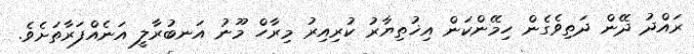
ރައްދު ދޭން ދަތިވެގެން ހިމޭންކަން އިޚުތިޔާރު ކުރިއިރު މިރާހް މޫނު އަނބުރާލީ އަނެއްފަރާތަށެވެ.